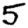
Digit: 5